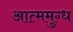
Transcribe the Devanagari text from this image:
आत्ममुग्ध